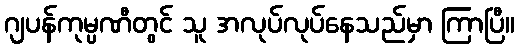
ဂျပန်ကုမ္ပဏီတွင် သူ အလုပ်လုပ်နေသည်မှာ ကြာပြီ။